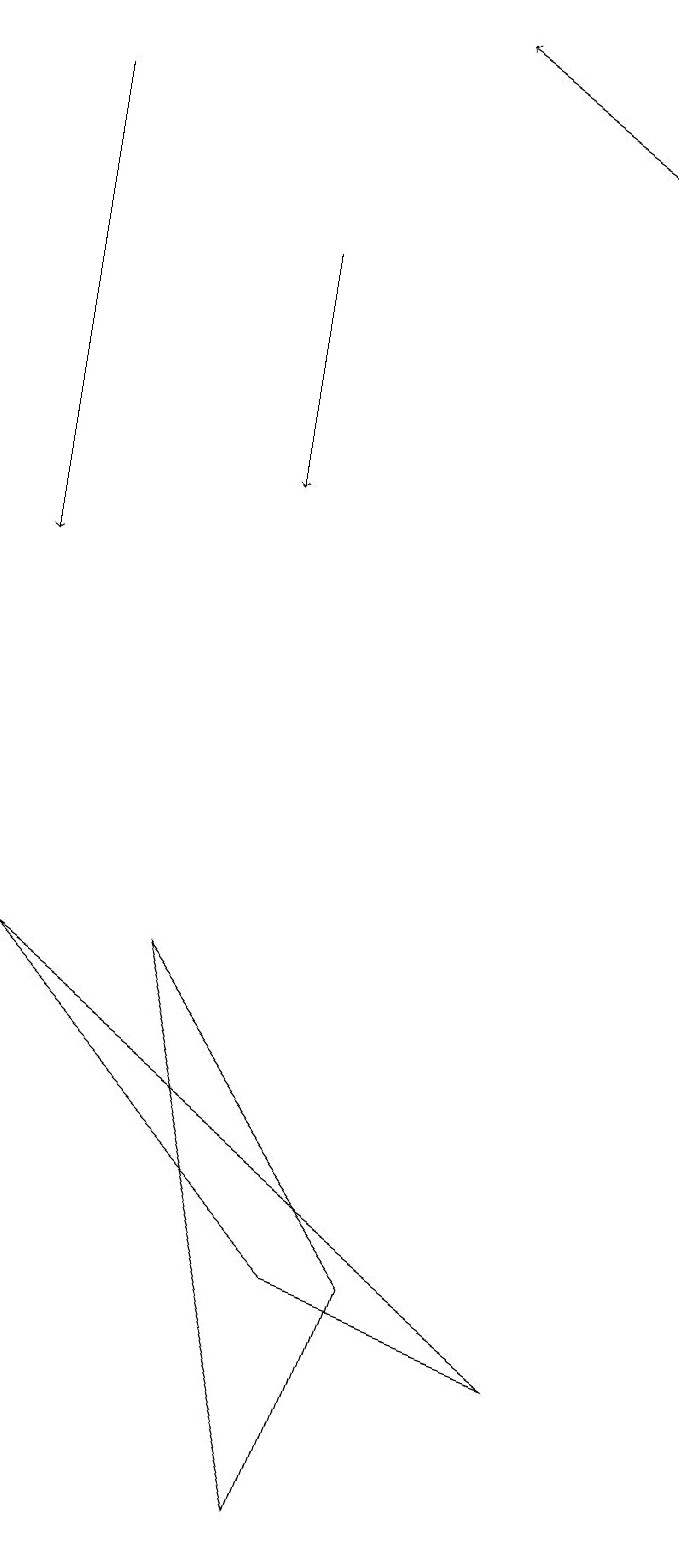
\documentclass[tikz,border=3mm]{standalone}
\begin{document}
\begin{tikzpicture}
\draw (1,7) -- (5,3) -- (8,2) -- cycle;
\draw[->] (9,17) -- (6,19);
\draw (3,7) -- (6,3) -- (5,0) -- cycle;
\draw[->] (1,18) -- (1,12);
\draw[->] (4,16) -- (4,13);
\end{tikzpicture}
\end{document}